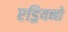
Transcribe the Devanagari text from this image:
एड्रियनो